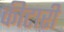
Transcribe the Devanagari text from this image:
कीटारी